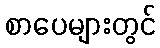
စာပေများတွင်